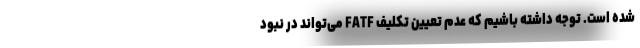
شده است. توجه داشته باشیم که عدم تعیین تکلیف FATF می‌تواند در نبود